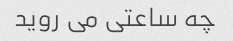
چه ساعتی می روید